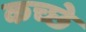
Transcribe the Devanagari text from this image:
कच्छे